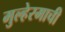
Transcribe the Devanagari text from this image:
मुल्हेरमाची